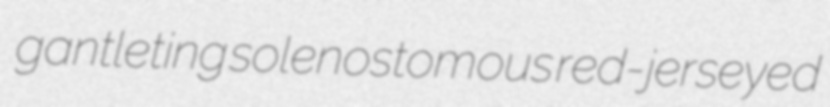
gantleting solenostomous red-jerseyed